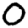
Digit: 0